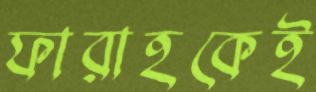
ফারাহকেই